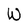
Character: W